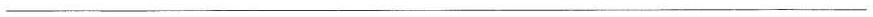
___